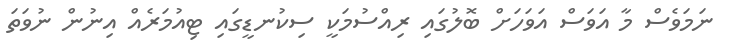
ނަމަވެސް މާ އަވަސް އަވަހަށް ބޮލުގައި ރިއްސުމަކީ ސިކުނޑީގައި ޓިއުމަރެއް އިނުން ނުވަތަ